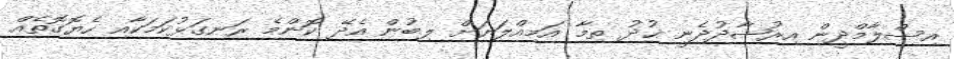
އިސްލާމްދީން އިރުޝާދުދެނީ ޚުދު ތިމާ އަމިއްލަޔަށް ލިބުން އެދޭ ކޮންމެ ރަނގަޅުކަމަކާއި ހެޔޮގޮތެއް